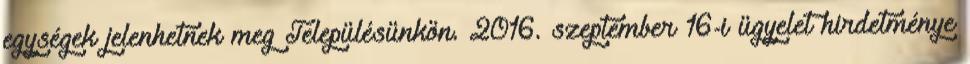
egységek jelenhetnek meg Településünkön. 2016. szeptember 16-i ügyelet hirdetménye